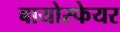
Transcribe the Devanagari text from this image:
बायोस्फेयर